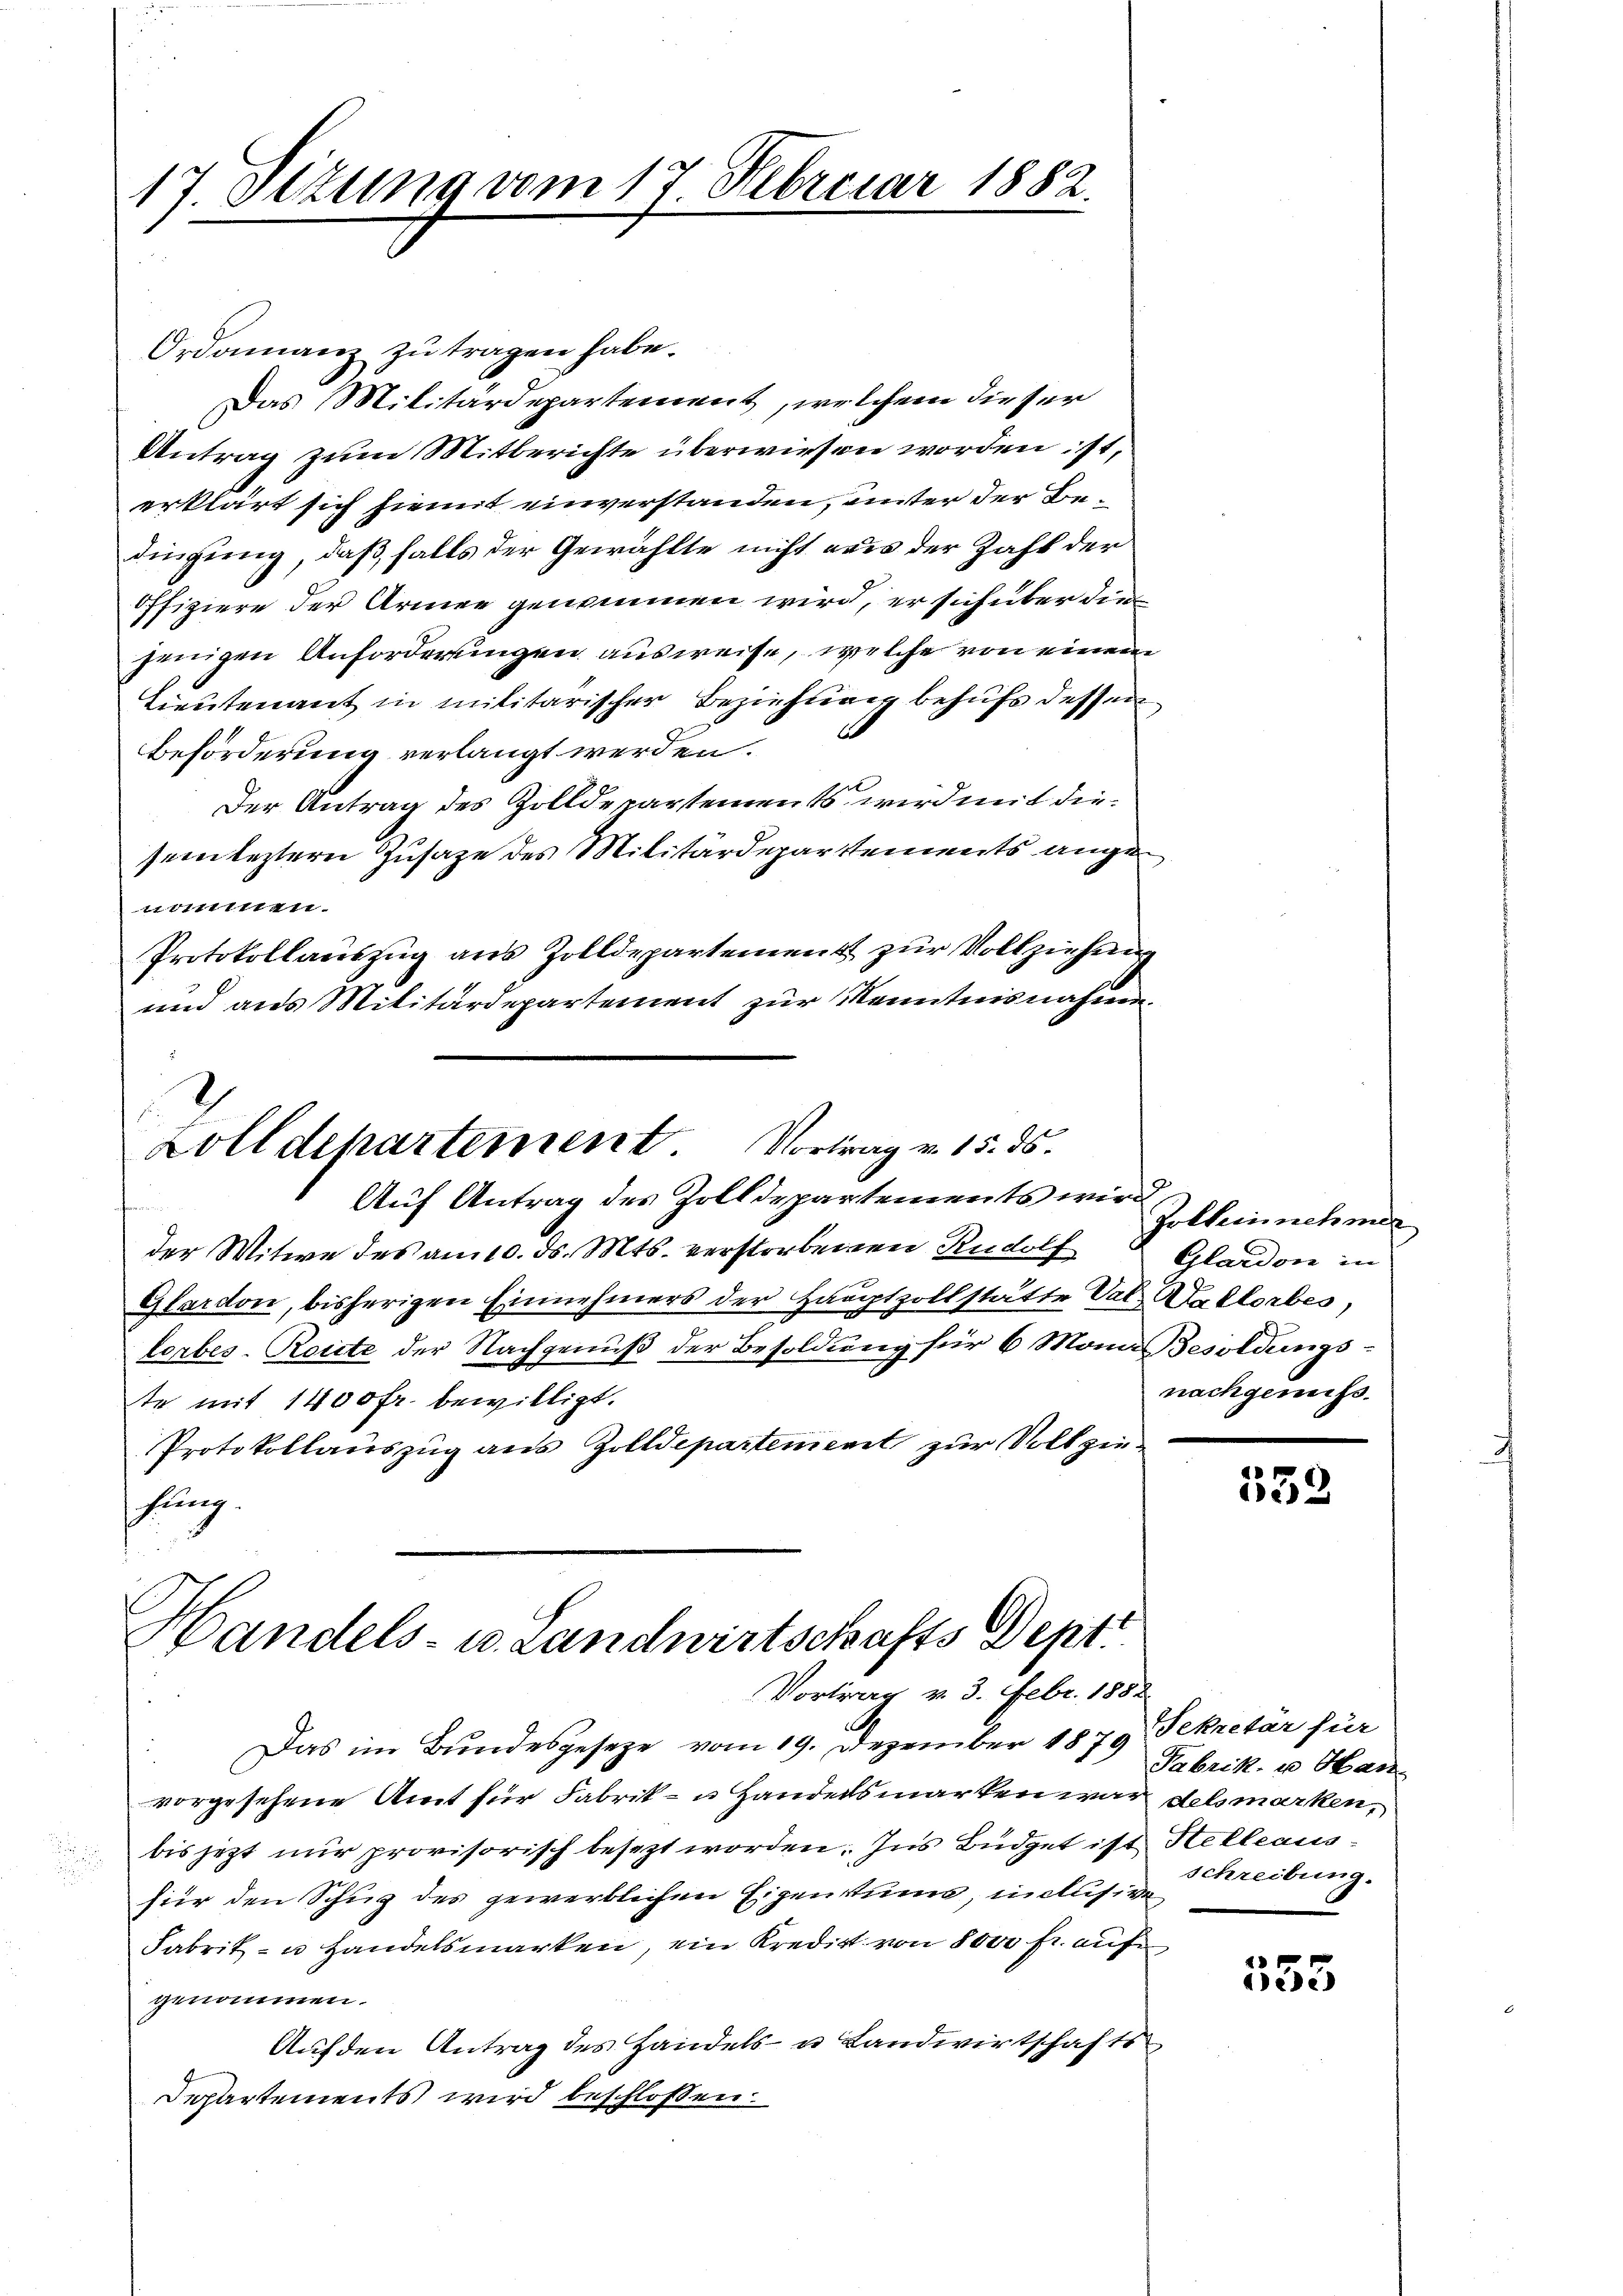
17. Sizung vom 17. Februar 1882.

Ordonnanz zu tragen habe.
Das Militärdepartement, welchem dieser
Antrag zum Mitberichte überwiesen worden ist,
erklärt sich hiemit einverstanden, unter der Bedingung, daß falls der Gewählte nicht aus der Zahl der
Offiziere der Armen genommen wird, er sich über die
jenigen Anforderungen ausweise, welche von einem
Lieutenant in militarischer Beziehung behufs dessen
Beförderung verlangt werden.
Der Antrag des Zolldepartements wird mit diesein leztern Zusage des Militärdepartements ange
21sten.
Protokollauszug aus Zolldepartement zur Vollziehung
und aus Militärdepartement zur Kenntnisnahmen
Zolldepartement. Vortrag v. 15. ds.
Auf Antrag des Zolldepartements wird
der Witwe des am 10. ds. Mts. verstorbenen Rudolf
Glardon, bisherigen Einnehmers der Hauptzollstätte Val Kallorbes,
lerbes-Roicte der Nachgenuß der Besoldung für 6 Monn Besoldungste mit 1400 fr. bewilligt.
Protokollauszug aus Zolldepartement zur Vollziehung.

Handels- u. Landwirtschafts Dept.
Vortrag v. 3. Febr. 1852

Zolbeinnehmer
Glardon in
nachgemess

Das im Bundesgesetze vom 19. Dezember 1879 Sekretär für
vorgesehene Amt für Fabrik- u. Handelsmarken war delsmarken,
bis jetzt nur provisorisch besezt worden. Ins Büdget ist Helleausfür den Schug des gewerblichen Eigentums, inclusiven
Fabrik- u Handelsmarken, ein Kredit von 800 fr. auf
genommen.
Auf den Antrag des Handels- u Landwirtschafts
Departements wird beschlossen:

552

Fabrik- u. Han
schreibung.

353